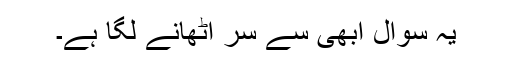
یہ سوال ابھی سے سر اٹھانے لگا ہے۔